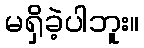
မရှိခဲ့ပါဘူး။